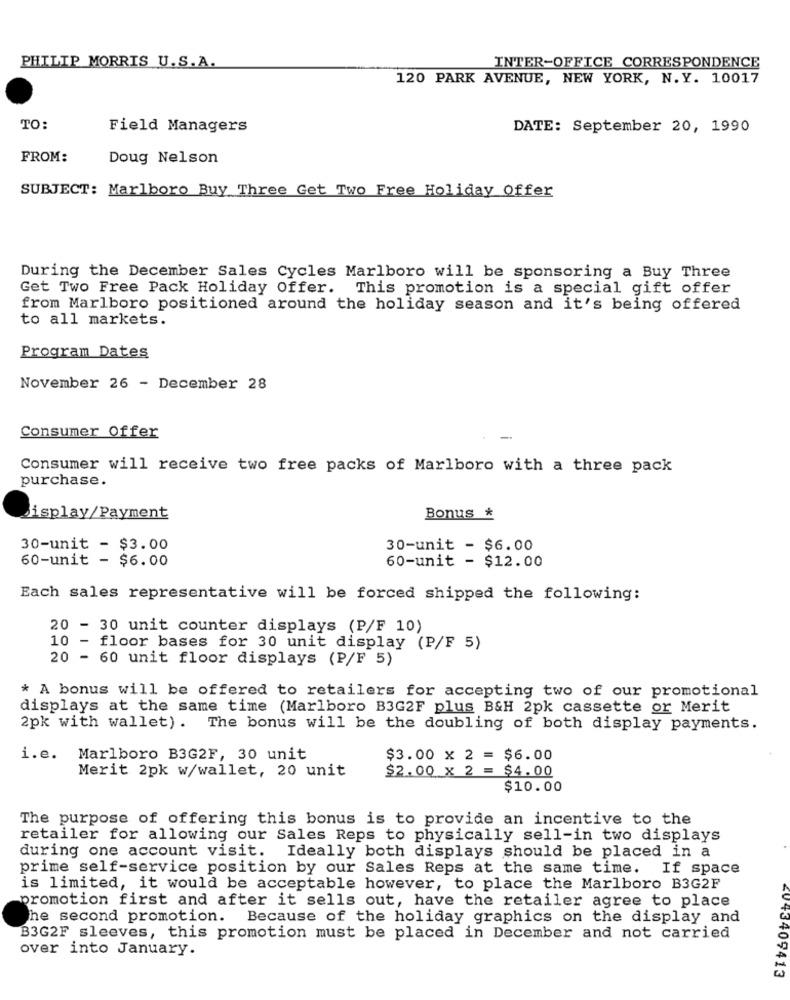
PHILIP MORRIS U.S.A.
INTER-OFFICE CORRESPONDENCE
120 PARK AVENUE, NEW YORK, N.Y. 10017
TO:
Field Managers
DATE: September 20, 1990
FROM:
Doug Nelson
SUBJECT: Marlboro Buy Three Get Two Free Holiday Offer
During the December Sales Cycles Marlboro will be sponsoring a Buy Three
Get Two Free Pack Holiday Offer. This promotion is a special gift offer
from Marlboro positioned around the holiday season and it's being offered
to all markets.
Program Dates
November 26 - December 28
Consumer Offer
-
Consumer will receive two free packs of Marlboro with a three pack
purchase.
Display/Payment
Bonus *
30-unit - $3.00
30-unit - $6.00
60-unit - $6.00
60-unit - $12.00
Each sales representative will be forced shipped the following:
20 - 30 unit counter displays (P/F 10)
10 - floor bases for 30 unit display (P/F 5)
20 - 60 unit floor displays (P/F 5)
* A bonus will be offered to retailers for accepting two of our promotional
displays at the same time (Marlboro B3G2F plus B&H 2pk cassette or Merit
2pk with wallet). The bonus will be the doubling of both display payments.
i.e. Marlboro B3G2F, 30 unit
$3.00 x 2 = $6.00
Merit 2pk w/wallet, 20 unit
$2.00 x 2 = $4.00
$10.00
The purpose of offering this bonus is to provide an incentive to the
retailer for allowing our Sales Reps to physically sell-in two displays
during one account visit. Ideally both displays should be placed in a
prime self-service position by our Sales Reps at the same time. If space
is limited, it would be acceptable however, to place the Marlboro B3G2F
promotion first and after it sells out, have the retailer agree to place
he second promotion. Because of the holiday graphics on the display and
B3G2F sleeves, this promotion must be placed in December and not carried
over into January.
+3409413